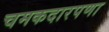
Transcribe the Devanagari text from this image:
चमकदारपणा